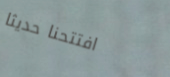
افتتحنا حديثاً